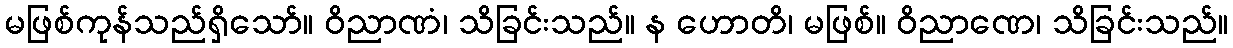
မဖြစ်ကုန်သည်ရှိသော်။ ဝိညာဏံ၊ သိခြင်းသည်။ န ဟောတိ၊ မဖြစ်။ ဝိညာဏေ၊ သိခြင်းသည်။